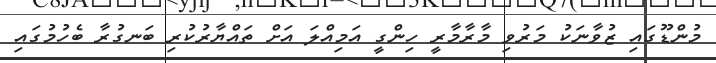
މުންޑޫގައި ޒުވާނަކު މަރުވި މާރާމާރީ ހިންގީ އަމިއްލަ އަށް ތައްޔާރުކުރި ބަނގުރާ ބެހުމުގައި